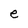
Character: e